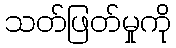
သတ်ဖြတ်မှုကို